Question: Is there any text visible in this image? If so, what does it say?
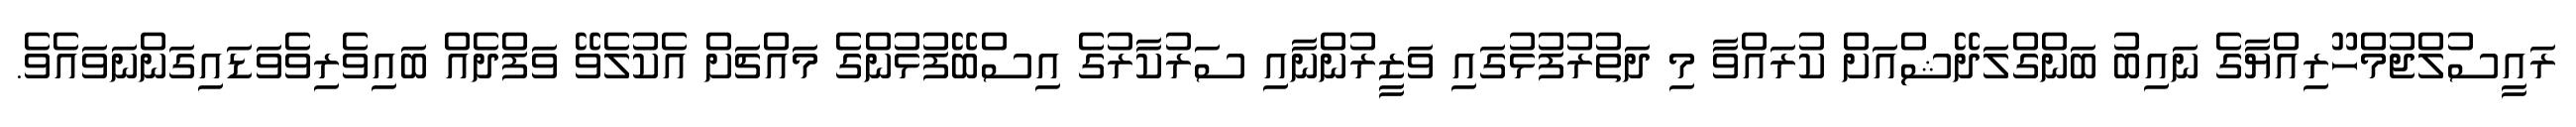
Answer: ރައީސުލްޖުމްހޫރިއްޔާގެ ނައިބު ބަންގްލަދޭޝްއަށް ކުރައްވާ މި ދަތުރުފުޅުގައި ވަޒީރުންނާއި ސަރުކާރުގެ އިސްބޭފުޅުންގެ މައްޗަށް އެކުލެވޭ ވަފްދެއް ބައިވެރިވެވަޑައިގަންނަވައެވެ.